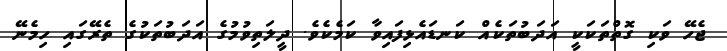
ޖެހޭ ވަކި ގޮތްތަކަކީ އަދަބުތަކެއް ކަނޑައެޅިފައިވާ ކަމެކެވެ. ދީލަތިވުމުގެ އަދަބުތަކުގެ ތެރޭގައި ހިމެނޭ